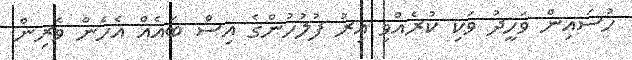
ހުސައިން ވަހީދު ވަކި ކުރެއްވި އިރު ފުލުހުންގެ އިސް ބައެއް އެހެން ވެރިން